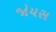
જોયસ